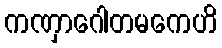
ကဏှာဂေါတမကေဟိ